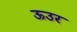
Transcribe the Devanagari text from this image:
ऊउर